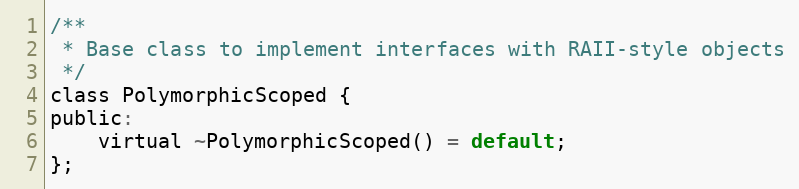
Language: C
/**
 * Base class to implement interfaces with RAII-style objects
 */
class PolymorphicScoped {
public:
    virtual ~PolymorphicScoped() = default;
};